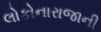
લોકોનારાજાની